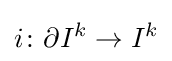
i\colon \partial I^{k}\to I^{k}